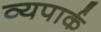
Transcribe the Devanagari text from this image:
व्यपार्क